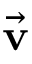
\vec { \textbf { v } }